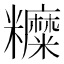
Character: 𥽰